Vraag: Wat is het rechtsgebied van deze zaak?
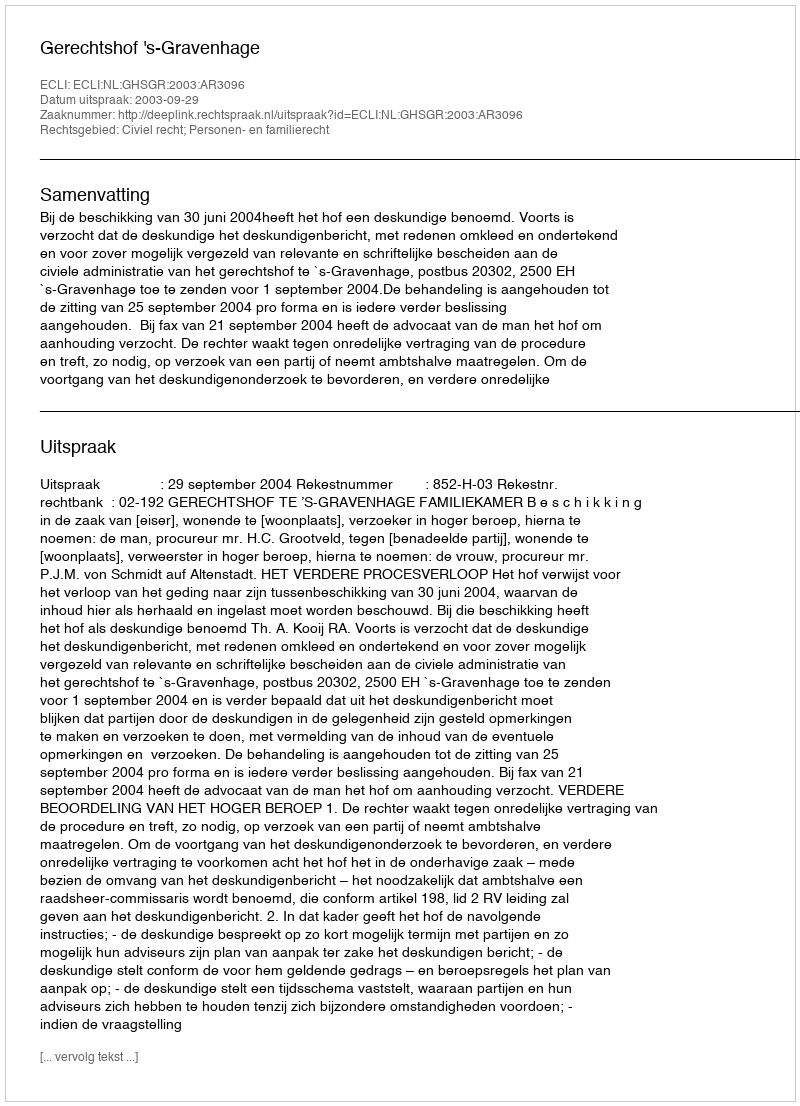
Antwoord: Civiel recht; Personen- en familierecht